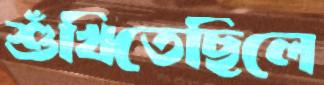
শুঁখিতেছিলে